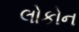
લોકોન